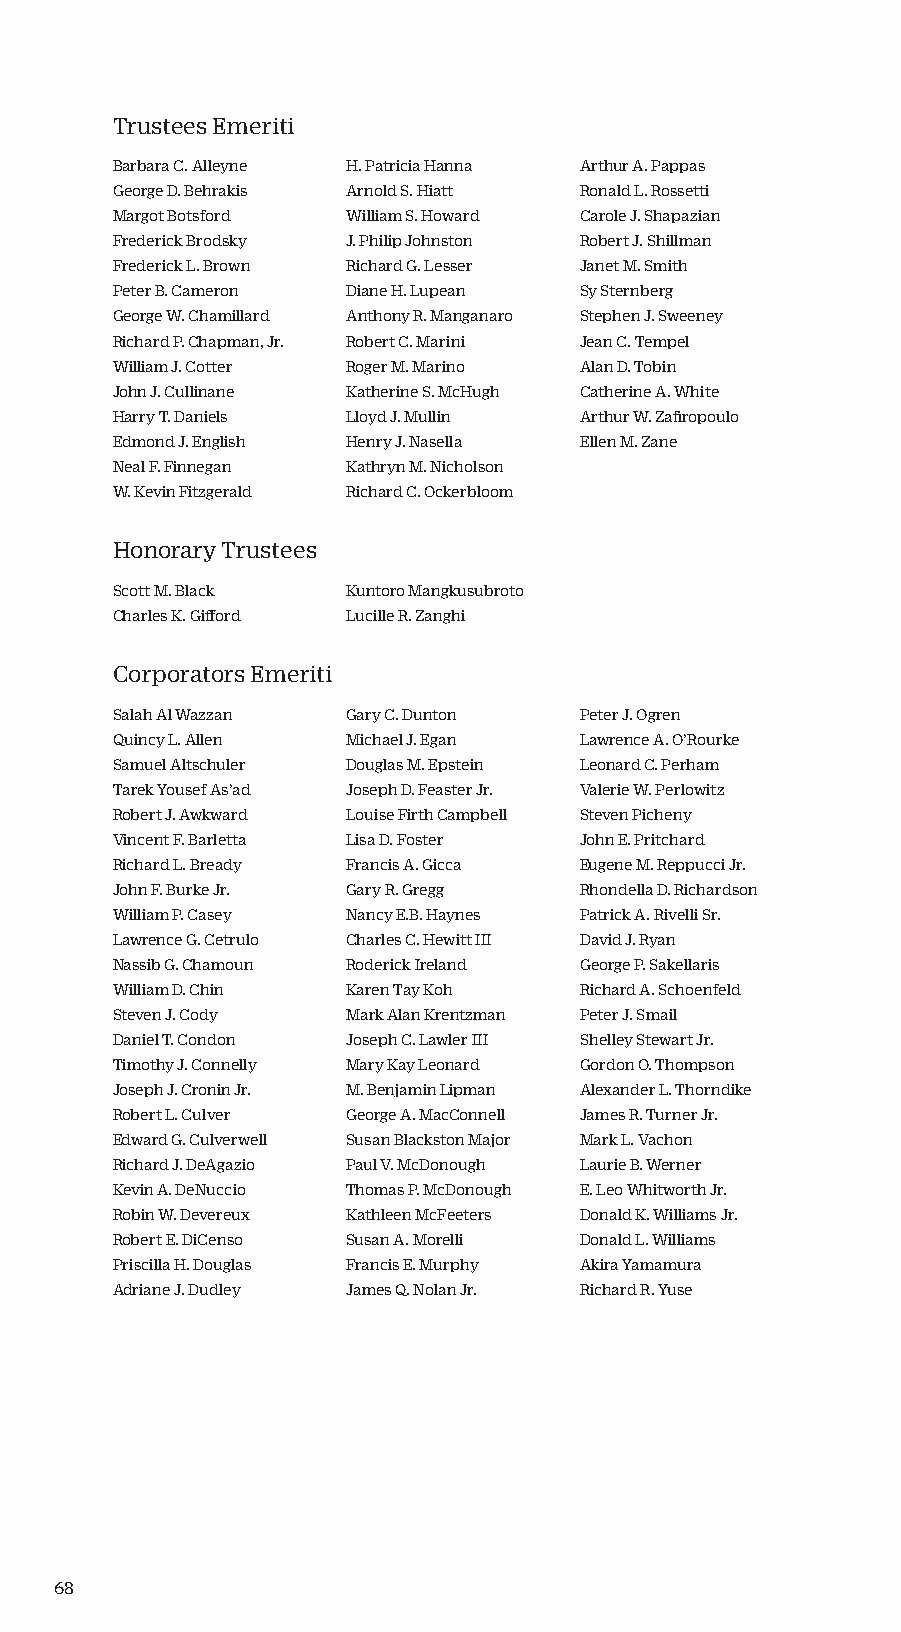
Trustees Emeriti
 Barbara C. Alleyne H. Patricia Hanna Arthur A. Pappas
 George D. Behrakis Arnold S. Hiatt Ronald L. Rossetti
 Margot Botsford William S. Howard Carole J. Shapazian
 Frederick Brodsky J. Philip Johnston Robert J. Shillman
 Frederick L. Brown Richard G. Lesser Janet M. Smith
 Peter B. Cameron Diane H. Lupean Sy Sternberg
 George W. Chamillard Anthony R. Manganaro Stephen J. Sweeney
 Richard P. Chapman, Jr. Robert C. Marini Jean C. Tempel
 William J. Cotter Roger M. Marino Alan D. Tobin
 John J. Cullinane Katherine S. McHugh Catherine A. White
 Harry T. Daniels Lloyd J. Mullin Arthur W. Zafiropoulo
 Edmond J. English Henry J. Nasella Ellen M. Zane
 Neal F. Finnegan Kathryn M. Nicholson
 W. Kevin Fitzgerald Richard C. Ockerbloom
 Honorary Trustees
 Scott M. Black  Kuntoro Mangkusubroto
 Charles K. Gifford Lucille R. Zanghi
 Corporators Emeriti
 Salah Al Wazzan Gary C. Dunton Peter J. Ogren
 Quincy L. Allen Michael J. Egan Lawrence A. O’Rourke
 Samuel Altschuler Douglas M. Epstein Leonard C. Perham
 Tarek Yousef As’ad Joseph D. Feaster Jr. Valerie W. Perlowitz
 Robert J. Awkward Louise Firth Campbell Steven Picheny
 Vincent F. Barletta Lisa D. Foster John E. Pritchard
 Richard L. Bready Francis A. Gicca Eugene M. Reppucci Jr.
 John F. Burke Jr. Gary R. Gregg Rhondella D. Richardson
 William P. Casey Nancy E.B. Haynes Patrick A. Rivelli Sr.
 Lawrence G. Cetrulo Charles C. Hewitt III David J. Ryan
 Nassib G. Chamoun Roderick Ireland George P. Sakellaris
 William D. Chin Karen Tay Koh  Richard A. Schoenfeld
 Steven J. Cody  Mark Alan Krentzman Peter J. Smail
 Daniel T. Condon Joseph C. Lawler III Shelley Stewart Jr.
 Timothy J. Connelly Mary Kay Leonard Gordon O. Thompson
 Joseph J. Cronin Jr. M. Benjamin Lipman Alexander L. Thorndike
 Robert L. Culver George A. MacConnell James R. Turner Jr.
 Edward G. Culverwell Susan Blackston Major Mark L. Vachon
 Richard J. DeAgazio Paul V. McDonough Laurie B. Werner
 Kevin A. DeNuccio Thomas P. McDonough E. Leo Whitworth Jr.
 Robin W. Devereux Kathleen McFeeters Donald K. Williams Jr.
 Robert E. DiCenso Susan A. Morelli Donald L. Williams
 Priscilla H. Douglas Francis E. Murphy Akira Yamamura
 Adriane J. Dudley James Q. Nolan Jr. Richard R. Yuse
 68